Report on the lunatic asylums under the Government of Bombay - 1904-1913
Year: 1904
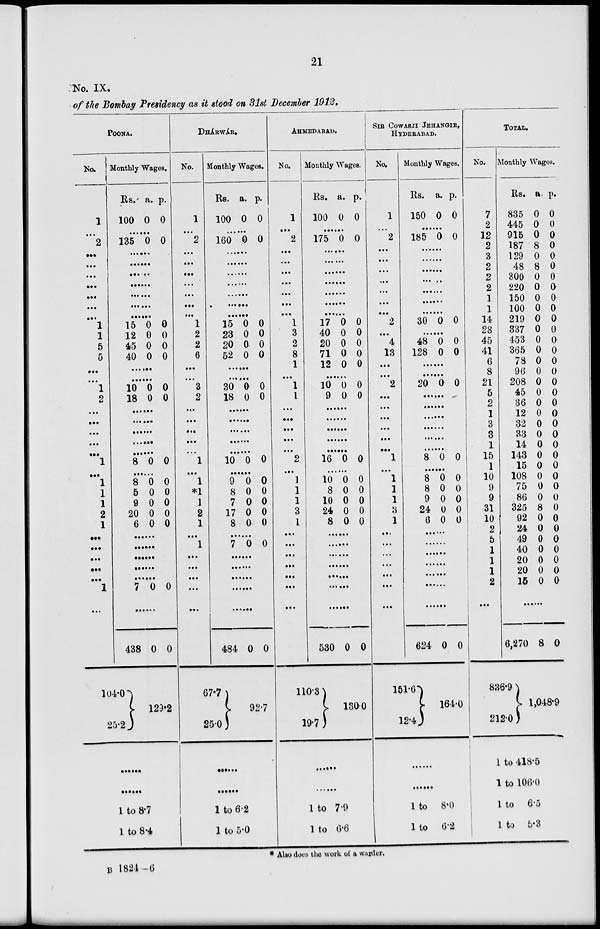
21
No. IX.
of the Bombay Presidency as it stood on 31st December 1912.
POONA.
No.
1
...
2
...
...
...
...
...
...
...
1
1
5
5
...
...
1
2
...
...
...
...
...
1
...
1
1
1
2
1
...
...
...
...
...
1
...
...
104.0
25.2
Monthly Wages.
Rs.
100
a.
0
p.
0
......
135 0 0
......
......
......
......
......
......
......
15
12
45
40
0
0
0
0
0
0
0
0
......
......
10
18
0
0
0
0
......
......
......
......
......
8 0 0
......
8
5
9
20
6
0
0
0
0
0
0
0
0
0
0
......
......
......
......
......
7 0 0
......
438 0 0
129.2
......
......
1 to 8.7
1 to 8.4
DHÁRWÁR
No.
1
...
2
...
...
...
...
...
...
...
1
2
2
6
...
...
3
2
...
...
...
...
...
1
...
1
*1
1
2
1
...
1
...
...
...
...
...
...
67.7
25.0
Monthly wages.
Rs.
100
a.
0
p.
0
......
160 0 0
......
......
......
......
......
......
......
15
23
20
52
0
0
0
0
0
0
0
0
......
......
30
18
0
0
0
0
......
......
......
......
......
10 0 0
......
9
8
7
17
8
0
0
0
0
0
0
0
0
0
0
......
7 0 0
......
......
......
......
......
484 0 0
92.7
......
......
1 to 6.2
1 to 5.0
AHMEDABAD.
No.
1
...
2
...
...
...
...
...
...
...
1
3
2
8
1
...
1
1
...
...
...
...
...
2
...
1
1
1
3
1
...
...
...
...
...
...
...
...
110.3
19.7
Monthly Wages.
Rs.
100
a.
0
p.
0
......
175 0 0
......
......
......
......
......
......
......
17
40
20
71
12
0
0
0
0
0
0
0
0
0
0
......
10
9
0
0
0
0
......
......
......
......
......
16 0 0
......
10
8
10
24
8
0
0
0
0
0
0
0
0
0
0
......
......
......
......
......
......
......
530 0 0
130.0
......
......
1 to 7.9
1 to 6.6
SIR COWASJI JEHANGIR,
HYDERABAD.
No.
1
...
2
...
...
...
...
...
...
...
2
...
4
13
...
...
2
...
...
...
...
...
...
1
...
1
1
1
3
1
...
...
...
...
...
...
...
...
151.6
12.4
Monthly Wages.
Rs.
150
a.
0
p.
0
......
185 0 0
......
......
......
......
......
......
......
30 0 0
......
48
128
0
0
0
0
......
......
20 0 0
......
......
......
......
......
......
8 0 0
......
8
8
9
24
6
0
0
0
0
0
0
0
0
0
0
......
......
......
......
......
......
......
624 0 0
164.0
......
......
1 to 8.0
1 to 6.2
TOTAL.
No.
7
2
12
2
3
2
2
2
1
1
14
28
45
41
6
8
21
5
2
1
3
3
1
15
1
10
9
9
31
10
2
5
1
1
1
2
...
...
836.9
212.0
Monthly Wages.
Rs.
835
445
915
187
129
48
300
220
150
100
219
337
453
365
78
96
208
45
36
12
32
33
14
143
15
108
75
86
325
92
24
49
40
20
20
15
a.
0
0
0
8
0
8
0
0
0
0
0
0
0
0
0
0
0
0
0
0
0
0
0
0
0
0
0
0
8
0
0
0
0
0
0
0
p.
0
0
0
0
0
0
0
0
0
0
0
0
0
0
0
0
0
0
0
0
0
0
0
0
0
0
0
0
0
0
0
0
0
0
0
0
......
6,270 8 0
1,048.9
1 to 418.5
1 to 106.0
1 to 6.5
1 to 5.3
* Also does the work of a warder.
B 1824.6